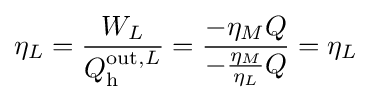
\eta _{L}={\frac {W_{L}}{Q_{\text{h}}^{{\text{out}},L}}}={\frac {-\eta _{M}Q}{-{\frac {\eta _{M}}{\eta _{L}}}Q}}=\eta _{L}